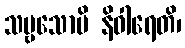
သဗ္ဗသောပိ နိဝါရေတိ၊